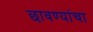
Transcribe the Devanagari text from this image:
छावण्यांचा